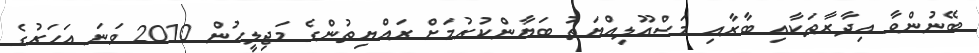
ބޭނުންވާ އިދާރާތަކާއި ބާރާއި މަސްއޫލިއްޔަތު ބަޔާންކުރުމަށް ރައްޔިތުންގެ މަޖިލީހުން 2010 ވަނަ އަހަރުގެ